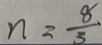
n = \frac { 8 } { 3 }